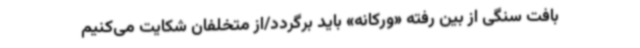
بافت سنگی از بین رفته «ورکانه» باید برگردد/از متخلفان شکایت می‌کنیم